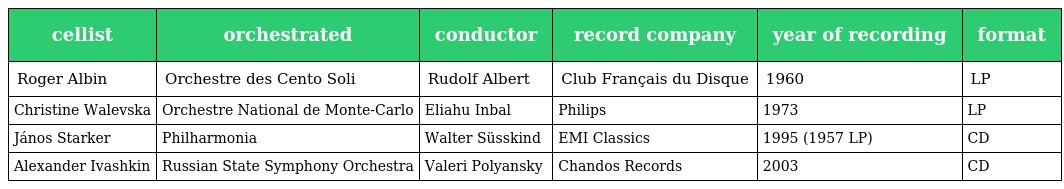
| cellist | orchestrated | conductor | record company | year of recording | format |
 | --- | --- | --- | --- | --- | --- |
 | Roger Albin | Orchestre des Cento Soli | Rudolf Albert | Club Français du Disque | 1960 | LP |
 | Christine Walevska | Orchestre National de Monte-Carlo | Eliahu Inbal | Philips | 1973 | LP |
 | János Starker | Philharmonia | Walter Süsskind | EMI Classics | 1995 (1957 LP) | CD |
 | Alexander Ivashkin | Russian State Symphony Orchestra | Valeri Polyansky | Chandos Records | 2003 | CD |